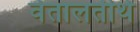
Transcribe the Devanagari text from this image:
वेतालतीर्थ